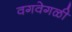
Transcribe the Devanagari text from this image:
वगवेगळी